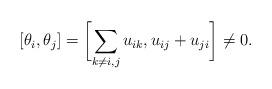
LaTeX: \begin{gather*} [\theta_i,\theta_j]=\biggl[\sum_{k \not= i,j} u_{ik},u_{ij}+u_{ji} \biggr] \not= 0.\end{gather*}